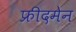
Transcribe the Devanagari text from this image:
फ्रीदमेन